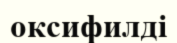
оксифилді